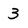
Character: 3